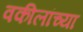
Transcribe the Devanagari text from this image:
वकीलांच्या